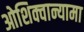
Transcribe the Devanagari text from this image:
ओशिक्वान्यामा